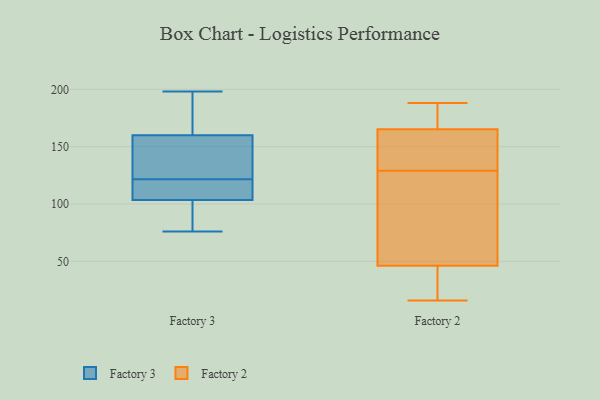
{"axis": {"x": "Operating Costs (USD K)", "y": "Value"}, "legend": ["Factory 2", "Factory 3"], "data": [{"x": "", "y": 173, "type": "Factory 3"}, {"x": "", "y": 198, "type": "Factory 3"}, {"x": "", "y": 175, "type": "Factory 3"}, {"x": "", "y": 107, "type": "Factory 3"}, {"x": "", "y": 113, "type": "Factory 3"}, {"x": "", "y": 147, "type": "Factory 3"}, {"x": "", "y": 76, "type": "Factory 3"}, {"x": "", "y": 91, "type": "Factory 3"}, {"x": "", "y": 105, "type": "Factory 3"}, {"x": "", "y": 134, "type": "Factory 3"}, {"x": "", "y": 130, "type": "Factory 3"}, {"x": "", "y": 102, "type": "Factory 3"}, {"x": "", "y": 29, "type": "Factory 2"}, {"x": "", "y": 129, "type": "Factory 2"}, {"x": "", "y": 144, "type": "Factory 2"}, {"x": "", "y": 178, "type": "Factory 2"}, {"x": "", "y": 16, "type": "Factory 2"}, {"x": "", "y": 51, "type": "Factory 2"}, {"x": "", "y": 32, "type": "Factory 2"}, {"x": "", "y": 91, "type": "Factory 2"}, {"x": "", "y": 151, "type": "Factory 2"}, {"x": "", "y": 188, "type": "Factory 2"}, {"x": "", "y": 108, "type": "Factory 2"}, {"x": "", "y": 161, "type": "Factory 2"}, {"x": "", "y": 182, "type": "Factory 2"}]}